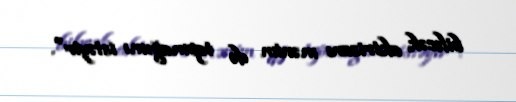
biləcək aktrisanı mənim də tapmağımı istəyir".